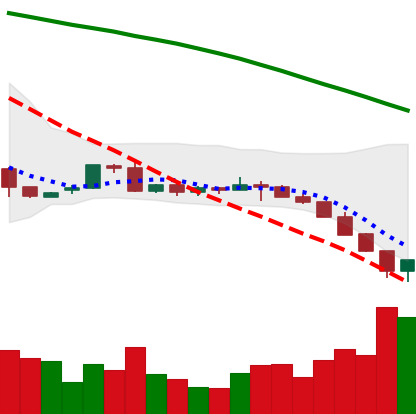
Ticker: LTC-USD
Chart end date: 2022-06-14
Forward return: 17.756%
Label: up_7plus